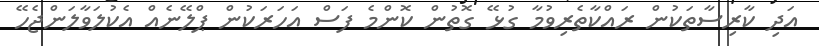
އަދި ކާރިސާތަކުން ރައްކާތެރިވުމާ ގުޅޭ ގޮތުން ކޮންމެ ފަސް އަހަރަކުން ޕްލޭނެއް އެކުލަވާލަންޖެހޭ